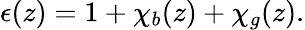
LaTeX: \begin{array}{r}{\epsilon(z)=1+\chi_{b}(z)+\chi_{g}(z).}\end{array}